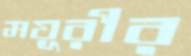
ময়ূরীর